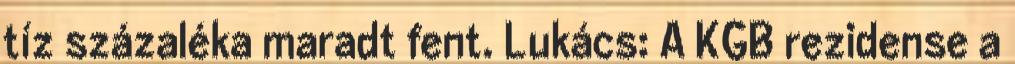
tíz százaléka maradt fent. Lukács: A KGB rezidense a